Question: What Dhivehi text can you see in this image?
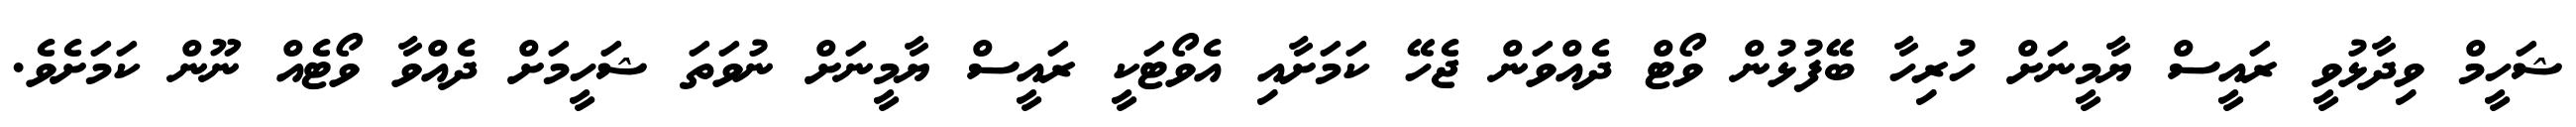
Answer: ޝަހީމް ވިދާޅުވީ ރައީސް ޔާމީނަށް ހުރިހާ ބޭފުޅުން ވޯޓް ދެއްވަން ޖެހޭ ކަމަށާއި އެވޯޓަކީ ރައީސް ޔާމީނަށް ނުވަތަ ޝަހީމަށް ދެއްވާ ވޯޓެއް ނޫން ކަމަށެވެ.